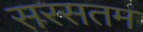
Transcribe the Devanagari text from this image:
सरसतम